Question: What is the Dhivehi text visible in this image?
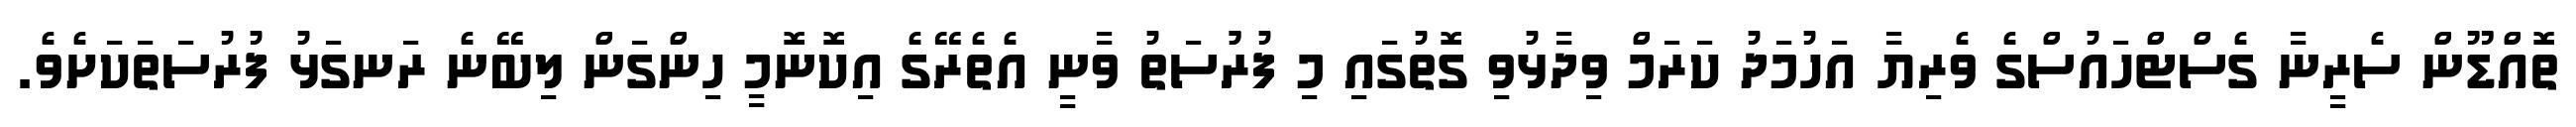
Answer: ތޮއްޑޫން ސެރީނާ ގެސްޓްހައުސްގެ ވެރިޔާ އަހުމަދު ކަރަމް ވިދާޅުވި ގޮތުގައި މި ފުރުުސަތު ވާނީ އެތެރޭގެ އިކޮނޮމީ ހިންގަން ލިބޭނެ ރަނގަޅު ފުރުސަތަކަށެވެ.